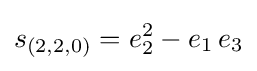
s_{(2,2,0)}=e_{2}^{2}-e_{1}\,e_{3}